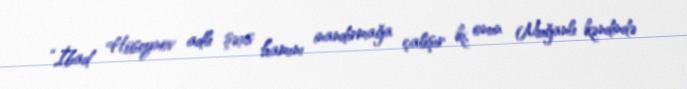
“İbad Hüseynov adlı şəxs hamını inandırmağa çalışır ki, onun Muğanlı kəndində